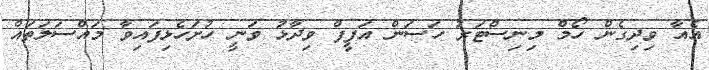
އެއާ ވިދިގެން ހޯމް މިނިސްޓަރު ހަސަން އަފީފް ވިދާޅު ވަނީ ހުށަހެޅިފައިވާ މައްސަލަތައް